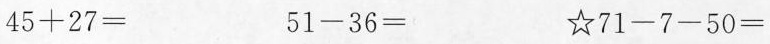
$$ 4 5 + 2 7 = $$$$ 5 1 - 3 6 = $$$$